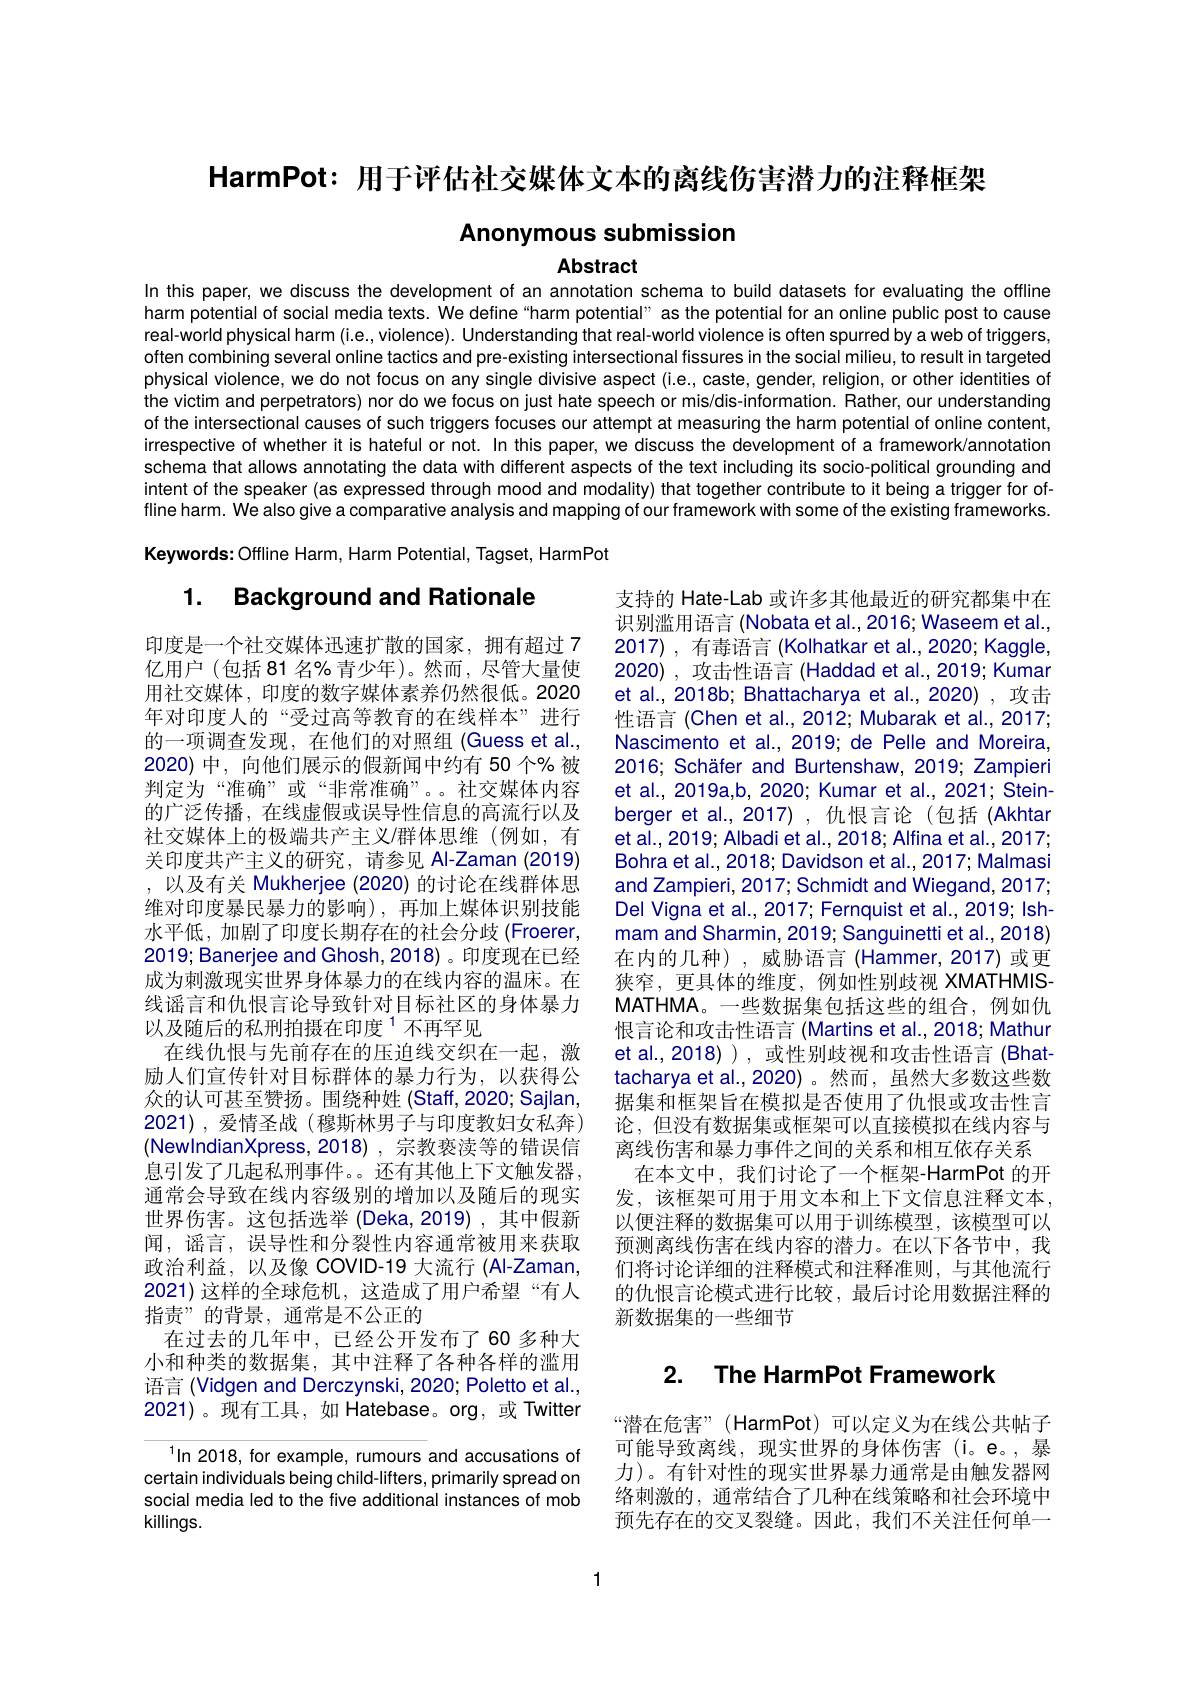
HarmPot: 用于评估社交媒体文本的离线伤害潜力的注释框架

Anonymous submission

Abstract

In this paper, we discuss the development of an annotation schema to build datasets for evaluating the offline harm potential of social media texts. We define "harm potential" as the potential for an online public post to cause real-world physical harm (i.e, violence). Understanding that real-world violence is often spurred by a web of triggers, often combining several online tactics and pre-existing intersectional fissures in the social milieu, to result in targeted physical violence, we do not focus on any single divisive aspect (i.e., caste, gender, religion, or other identities of the victim and perpetrators) nor do we focus on just hate speech or mis/dis-information. Rather, our understanding of the intersectional causes of such triggers focuses our attempt at measuring the harm potential of online content, irrespective of whether it is hateful or not. In this paper, we discuss the development of a framework/annotation schema that allows annotating the data with different aspects of the text including its socio-political grounding and intent of the speaker (as expressed through mood and modality) that together contribute to it being a trigger for offline harm. We also give a comparative analysis and mapping of our framework with some of the existing frameworks. Keywords: Offline Harm, Harm Potential, Tagset, HarmPot

1. Background and Rationale

支持的 Hate-Lab 或许多其他最近的研究都集中在识别滥用语言(Nobata et al., 2016; Waseem et al., 2017) ,有毒语言 (Kolhatkar et al.,2020; Kaggle, 2020), 攻击性语言 (Haddad et al.,2019; Kumar et al., 2018b; Bhattacharya et al., 2020) , 攻击性语言(Chen et al., 2012; Mubarak et al., 2017; Nascimento et al., 2019; de Pelle and Moreira, 2016; Schäfer and Burtenshaw, 2019; Zampieri et al., 2019a,b, 2020; Kumar et al., 2021; Steinberger et al.,2017),仇恨言论(包括(Akhtar et al., 2019; Albadi et al., 2018; Alfina et al., 2017; Bohra et al., 2018; Davidson et al., 2017; Malmasi and Zampieri, 2017; Schmidt and Wiegand, 2017; Del Vigna et al., 2017; Fernquist et al., 2019; Ishmam and Sharmin, 2019; Sanguinetti et al., 2018) 在内的几种),威胁语言(Hammer,2017)或更狭窄，更具体的维度，例如性别歧视 XMATHMISMATHMA。一些数据集包括这些的组合，例如仇恨言论和攻击性语言 (Martins et al.,2018; Mathur et al.,2018)),或性别歧视和攻击性语言(Bhattacharya et al.,2020)。然而，虽然大多数这些数据集和框架旨在模拟是否使用了仇恨或攻击性言论，但没有数据集或框架可以直接模拟在线内容与离线伤害和暴力事件之间的关系和相互依存关系在本文中，我们讨论了一个框架-HarmPot 的开
发，该框架可用于用文本和上下文信息注释文本， 以便注释的数据集可以用于训练模型，该模型可以预测离线伤害在线内容的潜力。在以下各节中，我们将讨论详细的注释模式和注释准则，与其他流行的仇恨言论模式进行比较，最后讨论用数据注释的新数据集的一些细节

印度是一个社交媒体迅速扩散的国家，拥有超过7亿用户(包括81名%青少年)。然而，尽管大量使用社交媒体，印度的数字媒体素养仍然很低。2020年对印度人的“受过高等教育的在线样本”进行的一项调查发现，在他们的对照组 (Guess et al., 2020)中，向他们展示的假新闻中约有 50 个% 被判定为“准确”或“非常准确”。。社交媒体内容的广泛传播，在线虚假或误导性信息的高流行以及社交媒体上的极端共产主义/群体思维(例如，有关印度共产主义的研究，请参见 AI-Zaman (2019) ,以及有关 Mukherjee (2020) 的讨论在线群体思维对印度暴民暴力的影响),再加上媒体识别技能水平低，加剧了印度长期存在的社会分歧 (Froerer, 2019; Banerjee and Ghosh, 2018) 。印度现在已经成为刺激现实世界身体暴力的在线内容的温床。在线谣言和仇恨言论导致针对目标社区的身体暴力以及随后的私刑拍摄在印度$^{1}$不再罕见
在线仇恨与先前存在的压迫线交织在一起，激励人们宣传针对目标群体的暴力行为，以获得公众的认可甚至赞扬。围绕种姓 (Staff,2020; Sajlan, 2021),爱情圣战(穆斯林男子与印度教妇女私奔) (NewIndianXpress, 2018), 宗教亵渎等的错误信息引发了几起私刑事件。还有其他上下文触发器， 通常会导致在线内容级别的增加以及随后的现实世界伤害。这包括选举 (Deka,2019),其中假新闻，谣言，误导性和分裂性内容通常被用来获取政治利益，以及像 COVID-19 大流行 (AI-Zaman, 2021)这样的全球危机，这造成了用户希望“有人指责”的背景，通常是不公正的
在过去的几年中，已经公开发布了60 多种大小和种类的数据集，其中注释了各种各样的滥用语言 (Vidgen and Derczynski, 2020; Poletto et al., 2021)。现有工具，如 Hatebase。org,或 Twitter
$^{1}\ln2018$, for example, rumours and accusations of

# 2. The HarmPot Framework

“潜在危害”( HarmPot)可以定义为在线公共帖子可能导致离线，现实世界的身体伤害(i。e。,暴力)。有针对性的现实世界暴力通常是由触发器网络刺激的，通常结合了几种在线策略和社会环境中预先存在的交叉裂缝。因此，我们不关注任何单一

certain individuals being child-lifters, primarily spread on social media led to the five additional instances of mob killings.

1